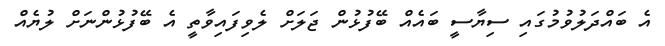
އެ ބައްދަލުވުމުގައި ސިޔާސީ ބައެއް ބޭފުޅުން ޖަލަށް ލެވިފައިވާތީ އެ ބޭފުޅުންނަށް ލުޔެއް